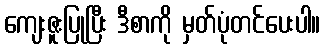
ကျေးဇူးပြုပြီး ဒီစာကို မှတ်ပုံတင်ပေးပါ။